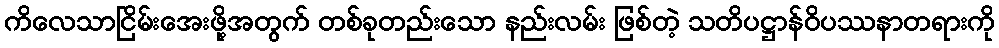
ကိလေသာငြိမ်းအေးဖို့အတွက် တစ်ခုတည်းသော နည်းလမ်း ဖြစ်တဲ့ သတိပဋ္ဌာန်ဝိပဿနာတရားကို